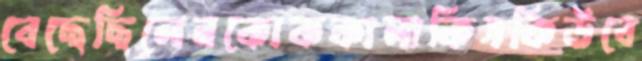
বেছেছিলেনকোককালাকিসকিউবে